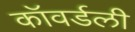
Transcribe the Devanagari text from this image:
कॉवर्डली